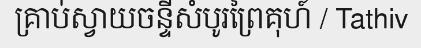
គ្រាប់ស្វាយចន្ទីសំបូរព្រៃគុហ៍ / Tathiv